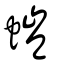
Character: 螘